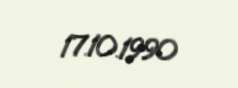
17.10.1990